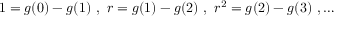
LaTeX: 1 = g ( 0 ) - g ( 1 ) \ , \ r = g ( 1 ) - g ( 2 ) \ , \ r ^ { 2 } = g ( 2 ) - g ( 3 ) \ , \ldots